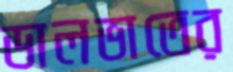
ডালভাতের